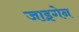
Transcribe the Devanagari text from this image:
जाइगेन